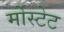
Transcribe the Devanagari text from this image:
र्मोस्टेट